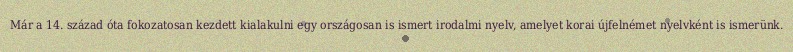
Már a 14. század óta fokozatosan kezdett kialakulni egy országosan is ismert irodalmi nyelv, amelyet korai újfelnémet nyelvként is ismerünk.